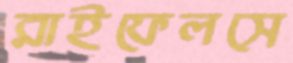
রাইফেলসে